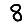
Digit: 8